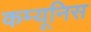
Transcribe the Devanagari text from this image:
कम्यूनिस